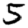
Digit: 5